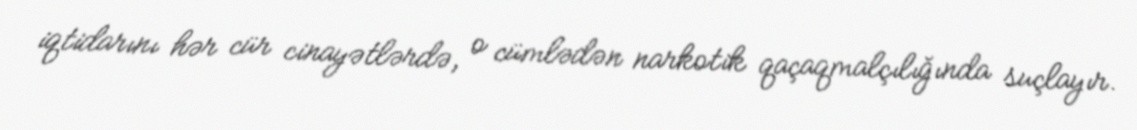
iqtidarını hər cür cinayətlərdə, o cümlədən narkotik qaçaqmalçılığında suçlayır.